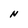
Character: N